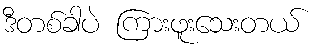
ဒီတစ်ခါပဲ ကြားဖူးသေးတယ်